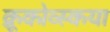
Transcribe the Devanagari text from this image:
क्रूकोव्स्कया